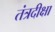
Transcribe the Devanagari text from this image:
तंत्रदीक्षा